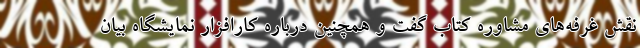
نقش غرفه‌های مشاوره کتاب گفت و همچنین درباره کارافزار نمایشگاه بیان